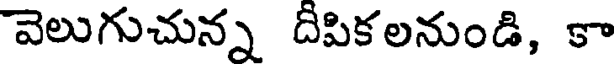
వెలుగుచున్న దీపికలనుండి, కా